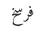
فرسخ